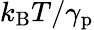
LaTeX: k_{\mathrm{B}}T/\gamma_{\mathrm{p}}